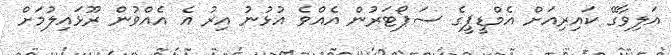
އަލިވާގޭ ކައިރިއަށް އެމްޑީޕީގެ ސަޕޯޓަރުން އެއްވެ އުޅުނު އިރު އެ އެއްވުން ރޫޅައިލުމަށް